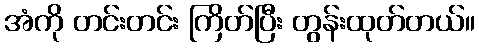
အံကို တင်းတင်း ကြိတ်ပြီး တွန်းထုတ်တယ်။